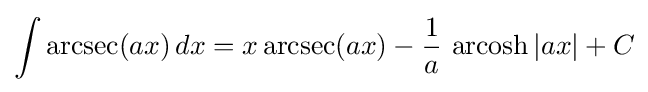
\int \operatorname {arcsec}(ax)\,dx=x\operatorname {arcsec}(ax)-{\frac {1}{a}}\,\operatorname {arcosh} |ax|+C